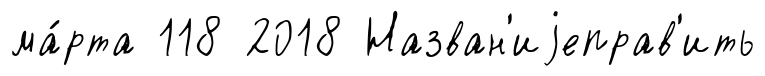
ма́рта 118 2018 Назван'иjеправ'ить